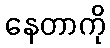
နေတာကို